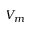
V _ { m }